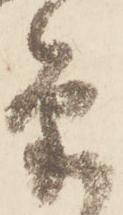
筆